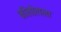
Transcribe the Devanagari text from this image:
नीलोत्पला